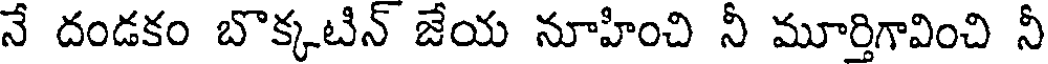
నే దండకం బొక్కటిన్ జేయ నూహించి నీ మూర్తిగావించి నీ